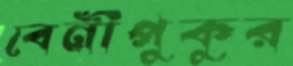
বেনীপুকুর